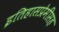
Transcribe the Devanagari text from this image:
इतिहासप्रेमींसह